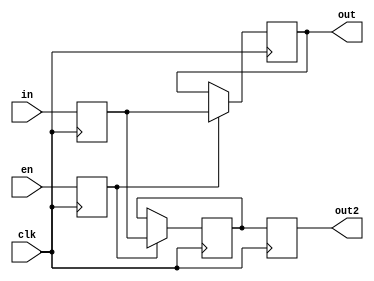
module delay_test(
    input   wire        clk,
    input   wire        en,
    input   wire [3:0]  in,
    output  reg  [3:0]  out,
    output  reg  [3:0]  out2
);
    reg       en_r;
    reg [3:0] in_r;

    always @(posedge clk) begin
        en_r <= en;
        in_r <= in;
    end

    reg [3:0] delay_buf;
    always @(negedge clk) begin
        if(en_r) begin
            out <= #(3) in_r;
        end
    end
    always @(posedge clk) begin
        if(en_r) begin
            delay_buf <= in_r;
        end
        out2 <= delay_buf;
    end
endmodule